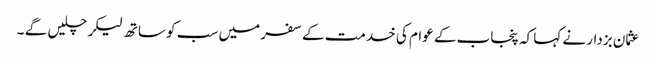
عثمان بزدار نے کہا کہ پنجاب کے عوام کی خدمت کے سفر میں سب کو ساتھ لیکر چلیں گے ۔